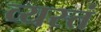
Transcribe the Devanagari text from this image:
व्यस्तं